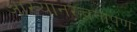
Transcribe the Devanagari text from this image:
आख्यानरचनापण